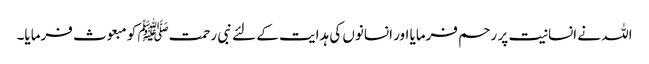
اللہ نے انسانیت پر رحم فرمایا اور انسانوں کی ہدایت کے لئے نبی رحمتﷺ کو مبعوث فرمایا۔